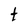
Character: t